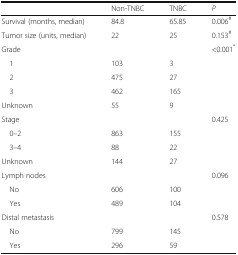
<table><thead><tr><td></td><td><b>Non-TNBC</b></td><td><b>TNBC</b></td><td><b><i>P</i></b></td></tr></thead><tbody><tr><td>Survival (months, median)</td><td>84.8</td><td>65.85</td><td>0.006<sup>#</sup></td></tr><tr><td>Tumor size (units, median)</td><td>22</td><td>25</td><td>0.153<sup>#</sup></td></tr><tr><td>Grade</td><td></td><td></td><td>&lt;0.001<sup>*</sup></td></tr><tr><td> 1</td><td>103</td><td>3</td><td rowspan="4"></td></tr><tr><td> 2</td><td>475</td><td>27</td></tr><tr><td> 3</td><td>462</td><td>165</td></tr><tr><td>Unknown</td><td>55</td><td>9</td></tr><tr><td>Stage</td><td></td><td></td><td>0.425</td></tr><tr><td> 0–2</td><td>863</td><td>155</td><td rowspan="3"></td></tr><tr><td> 3–4</td><td>88</td><td>22</td></tr><tr><td>Unknown</td><td>144</td><td>27</td></tr><tr><td>Lymph nodes</td><td></td><td></td><td>0.096</td></tr><tr><td> No</td><td>606</td><td>100</td><td rowspan="2"></td></tr><tr><td> Yes</td><td>489</td><td>104</td></tr><tr><td>Distal metastasis</td><td></td><td></td><td>0.578</td></tr><tr><td> No</td><td>799</td><td>145</td><td rowspan="2"></td></tr><tr><td> Yes</td><td>296</td><td>59</td></tr></tbody></table>